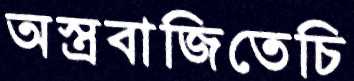
অস্ত্রবাজিতেচি